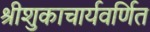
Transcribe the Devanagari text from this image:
श्रीशुकाचार्यवर्णित